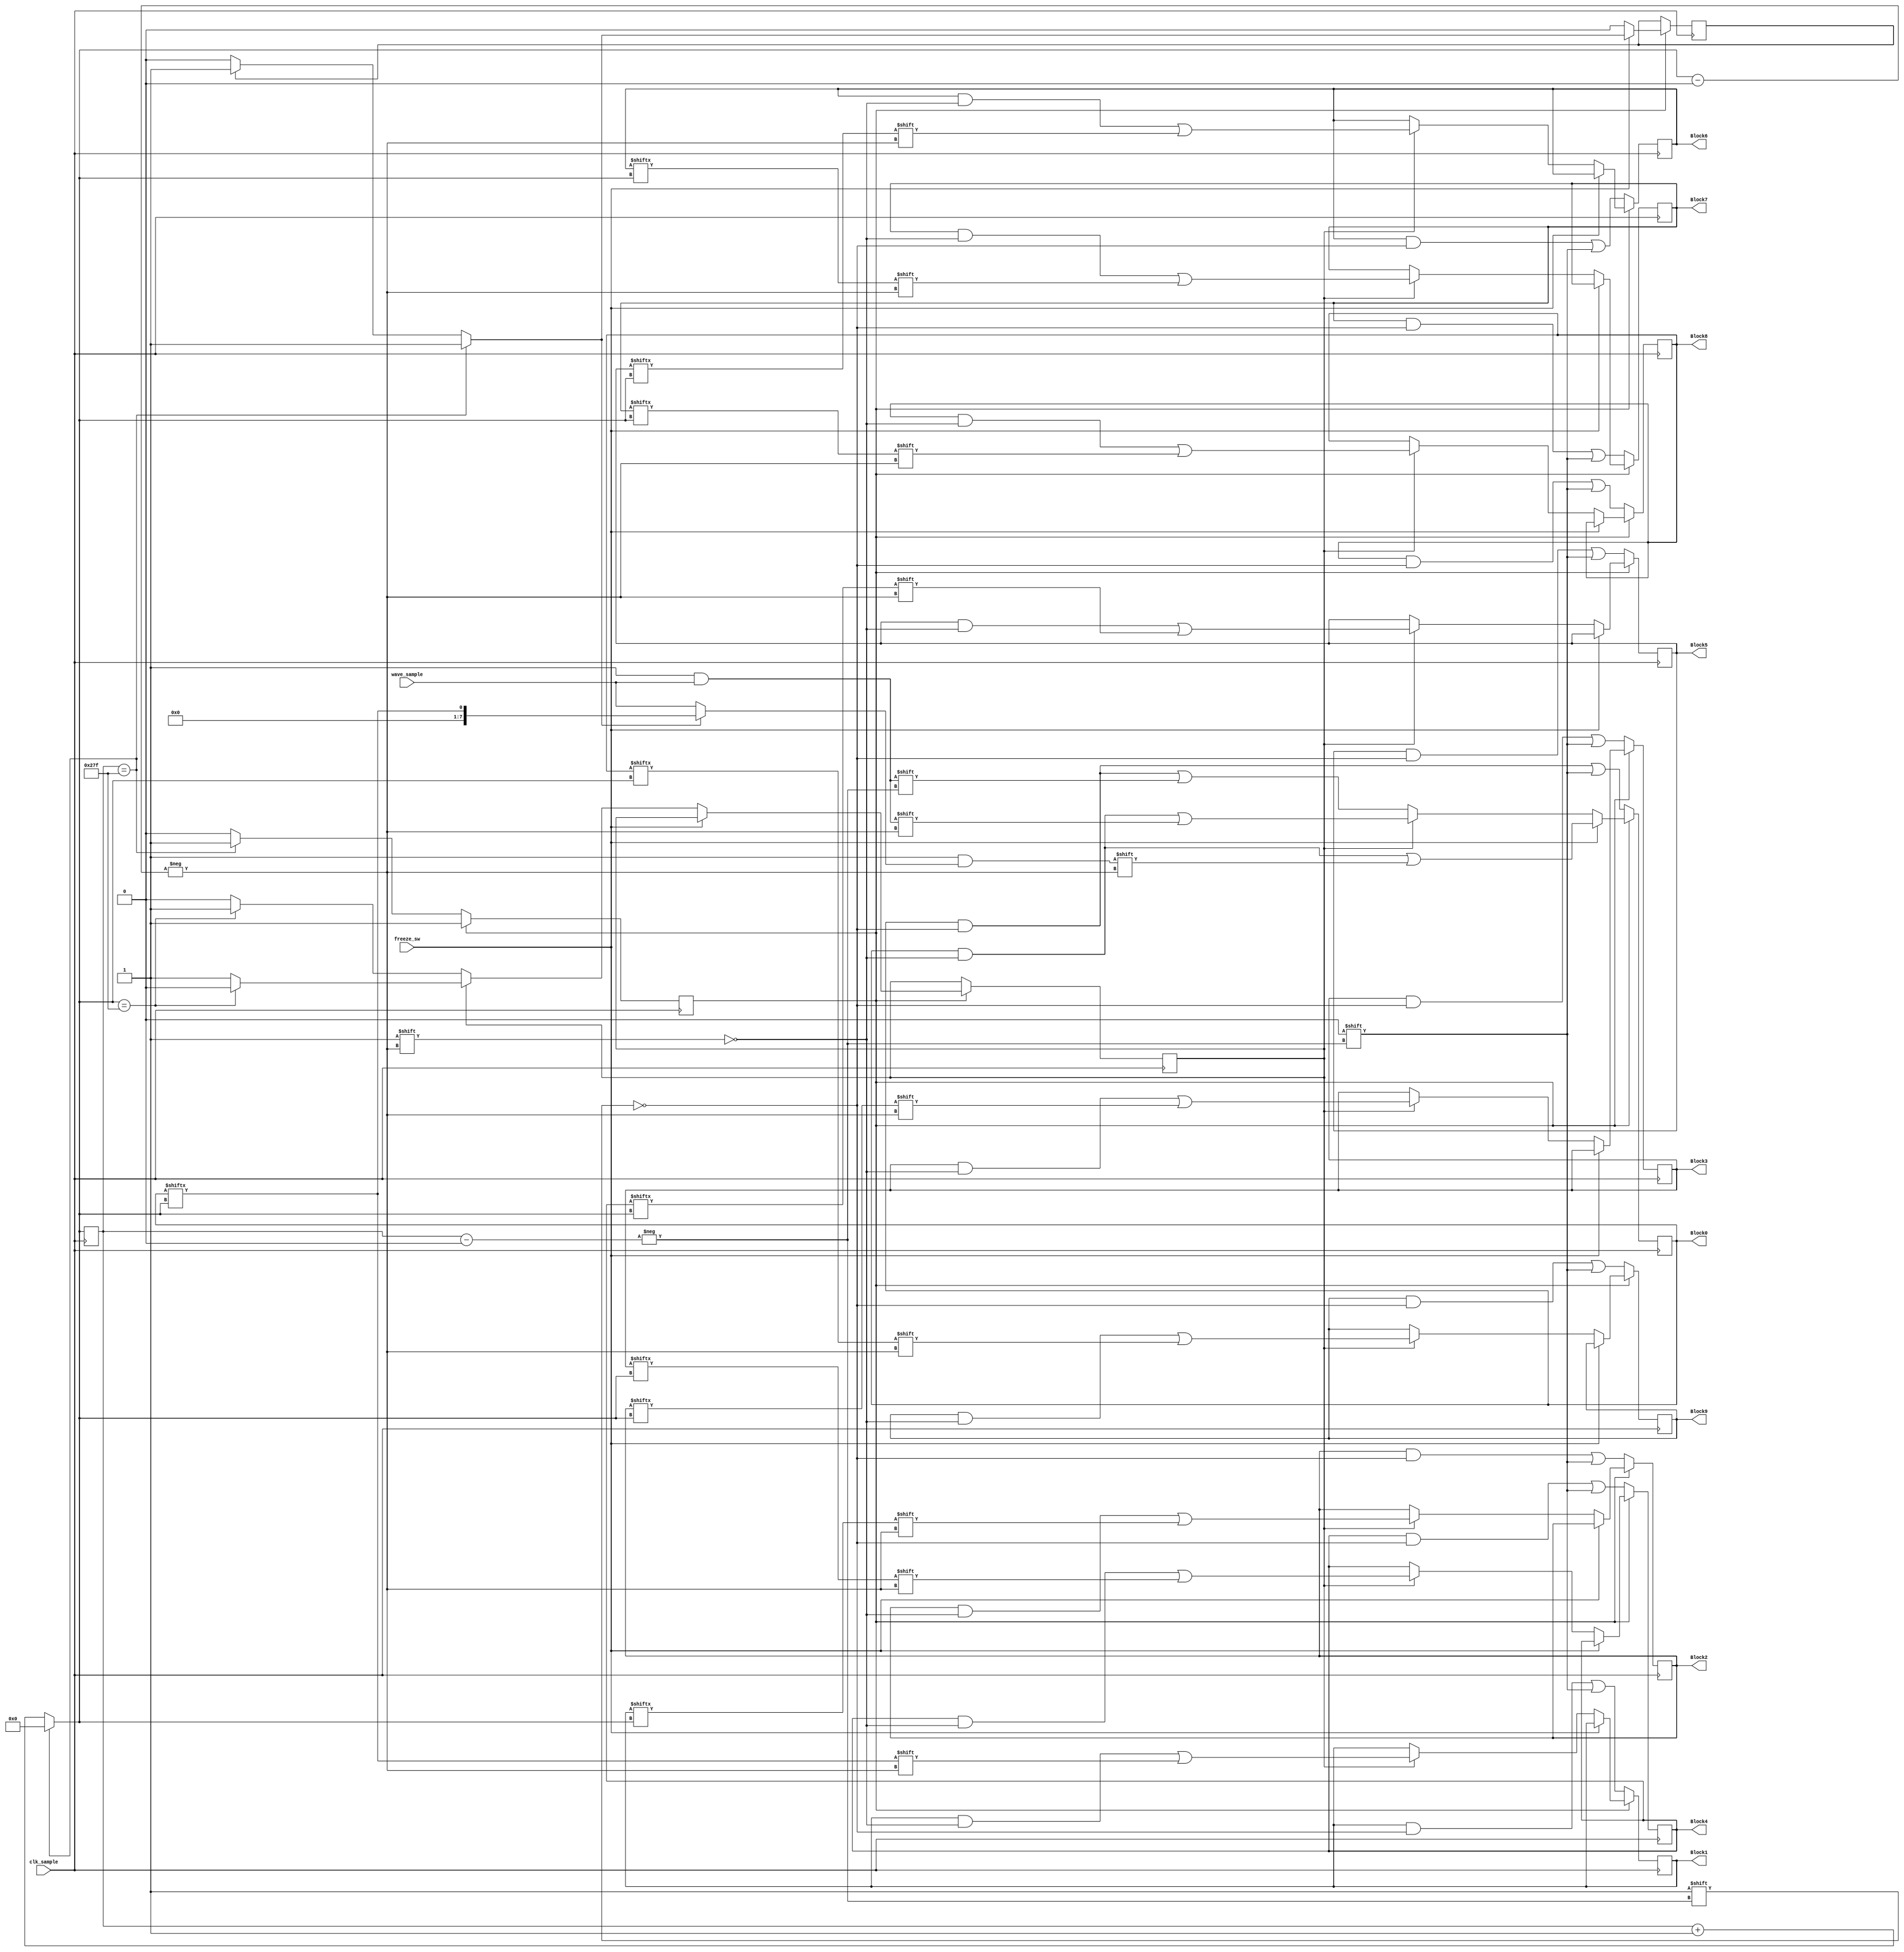
`timescale 1ns / 1ps

module block_filler(
    input clk_sample,
    input freeze_sw,
    input [7:0] wave_sample,
    output reg [7:0] Block0,
    output reg [7:0] Block1,
    output reg [7:0] Block2,
    output reg [7:0] Block3,
    output reg [7:0] Block4,
    output reg [7:0] Block5,
    output reg [7:0] Block6,
    output reg [7:0] Block7,
    output reg [7:0] Block8,
    output reg [7:0] Block9
    );
    
    reg [10:0] i = 0;
    reg full_display_cycle = 0;
    
    reg swap_time = 0;
    reg first_run = 0;
    
    always @(posedge clk_sample) begin
        if (first_run == 0)
        begin
            Block0[i]=0;
            Block1[i]=0;
            Block2[i]=0;
            Block3[i]=0;
            Block4[i]=0;
            Block5[i]=0;
            Block6[i]=0;
            Block7[i]=0;
            Block8[i]=0;
            Block9[i]=0;
            first_run = (i==639) ? 1 : 0;
            i = (i==639) ? 0 : i + 1;
        end
        else
        begin
            if (freeze_sw)
            begin
                full_display_cycle = (i==639) ? 1 : ((full_display_cycle==1) ? 1: 0);
                i = (i==639) ? 0 : i + 1;
                Block0[i] = (full_display_cycle==1) ? Block0[i] : wave_sample;
            end
            else
            begin
                full_display_cycle <= 0;
                if (swap_time == 0) begin 
                    Block0[i] =  wave_sample; 
                    i = (i==639) ? 0 : i + 1; 
                    swap_time = (i==639) ? 1 : 0;
                end
                else if (swap_time == 1)
                begin
                    i = (i==639) ? 0 : i + 1;
                    swap_time = 1;
                    Block9[i] = Block8[i];
                    Block8[i] = Block7[i];
                    Block7[i] = Block6[i];
                    Block6[i] = Block5[i];
                    Block5[i] = Block4[i];
                    Block4[i] = Block3[i];
                    Block3[i] = Block2[i];
                    Block2[i] = Block1[i];
                    Block1[i] = Block0[i];
                    Block0[i] = wave_sample;
                    if (i == 639 && swap_time == 1) begin swap_time = 0; end
                end
                else
                begin
                    Block0[i] =  wave_sample;
                    i = (i==639) ? 0 : i + 1;
                end
            end
        end           
    end
endmodule